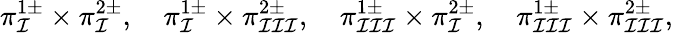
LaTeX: \pi_{\mathcal{I}}^{1\pm}\times\pi_{\mathcal{I}}^{2\pm},\quad\pi_{\mathcal{I}}^{1\pm}\times\pi_{\mathcal{I}\mathcal{I}\mathcal{I}}^{2\pm},\quad\pi_{\mathcal{I}\mathcal{I}\mathcal{I}}^{1\pm}\times\pi_{\mathcal{I}}^{2\pm},\quad\pi_{\mathcal{I}\mathcal{I}\mathcal{I}}^{1\pm}\times\pi_{\mathcal{I}\mathcal{I}\mathcal{I}}^{2\pm},